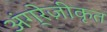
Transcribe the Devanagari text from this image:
अंग्रेज़ीकृत